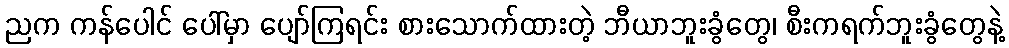
ညက ကန်ပေါင် ပေါ်မှာ ပျော်ကြရင်း စားသောက်ထားတဲ့ ဘီယာဘူးခွံတွေ၊ စီးကရက်ဘူးခွံတွေနဲ့